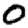
Digit: 0